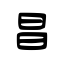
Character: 昌